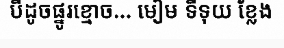
បីដូចផ្នូរខ្មោច... មៀម ទីទុយ ខ្លែង